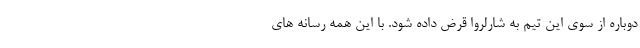
دوباره از سوی این تیم به شارلروا قرض داده شود. با این همه رسانه های